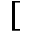
[